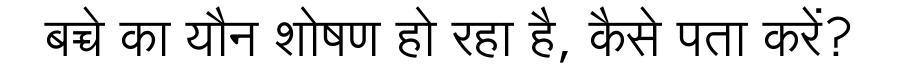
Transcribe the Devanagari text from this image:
बच्चे का यौन शोषण हो रहा है, कैसे पता करें?